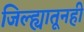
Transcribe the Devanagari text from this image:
जिल्ह्यातूनही